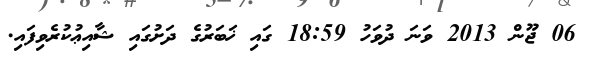
06 ޖޫން 2013 ވަނަ ދުވަހު 18:59 ގައި ޚަބަރުގެ ދަށުގައި ޝާއިޢުކުރެވިފައި.